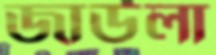
জাউলা